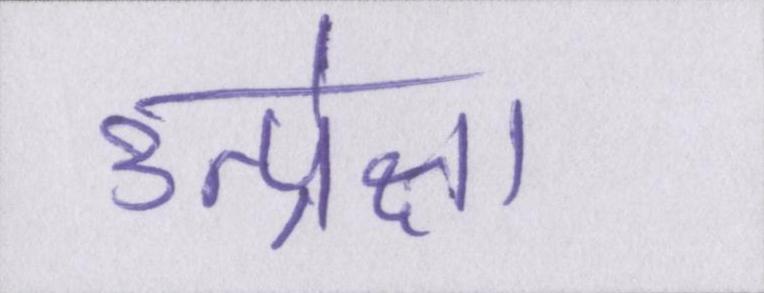
उत्प्रेक्षा